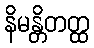
နိမန္တိတတ္ထ